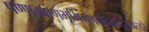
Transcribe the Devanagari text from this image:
षण्णवबाणभूमिगणनादानन्दसंवत्सरे